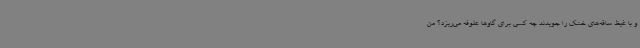
و با غیظ ساقه‌های خشک را جویدند چه کسی برای گاوها علوفه می‌ریزد؟ من